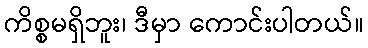
ကိစ္စမရှိဘူး၊ ဒီမှာ ကောင်းပါတယ်။